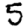
Digit: 5